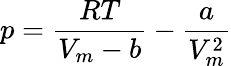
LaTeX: p={\frac{RT}{V_{m}-b}}-{\frac{a}{V_{m}^{2}}}